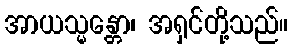
အာယသ္မန္တော၊ အရှင်တို့သည်။